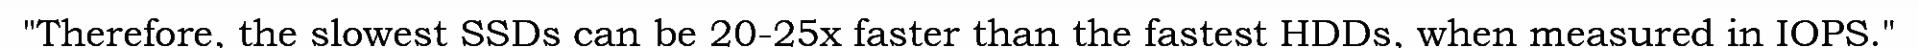
"Therefore, the slowest SSDs can be 20-25x faster than the fastest HDDs, when measured in IOPS."